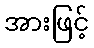
အားဖြင့်